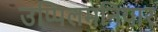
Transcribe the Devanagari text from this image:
उप्पिलमनियार